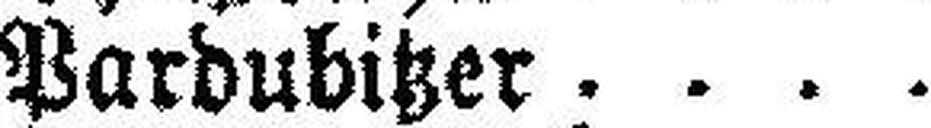
Pardubitzer